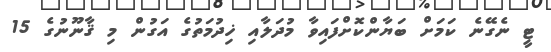
ޓީ ނެގޭނެ ކަމަށް ބަޔާންކޮށްފައިވާ މުދަލާއި ޚިދުމަތުގެ އަގުން މި ޤާނޫނުގެ 15